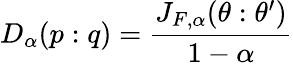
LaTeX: D_{\alpha}(p:q)={\frac{J_{F,\alpha}(\theta:\theta^{\prime})}{1-\alpha}}